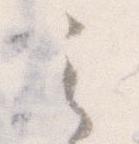
之